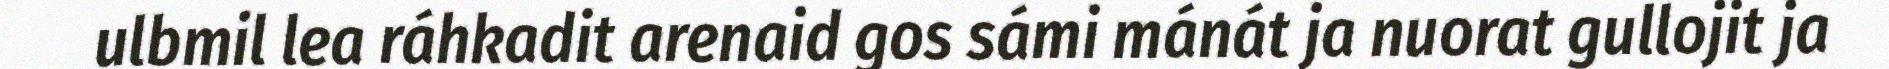
ulbmil lea ráhkadit arenaid gos sámi mánát ja nuorat gullojit ja